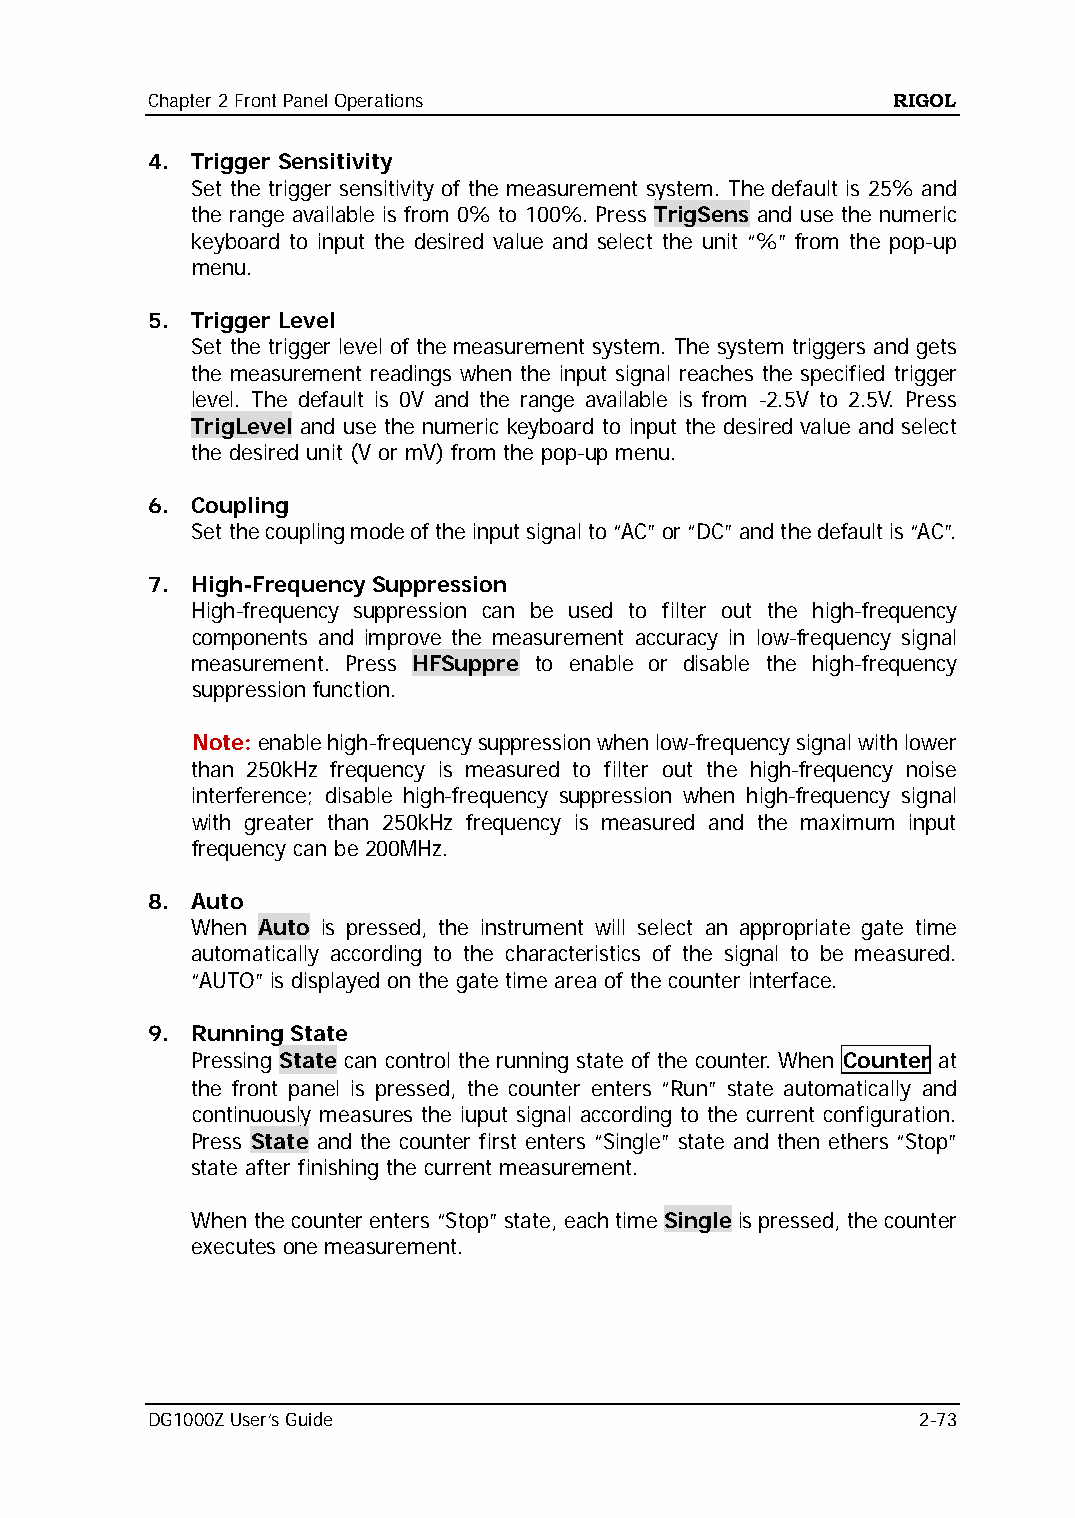
Chapter 2 Front Panel Operations                 RIGOL
 4. Trigger Sensitivity
 Set the trigger sensitivity of the measurement system. The default is 25% and
 the range available is from 0% to 100%. Press TrigSens and use the numeric
 keyboard to input the desired value and select the unit “%” from the pop-up
 menu.
 5. Trigger Level
 Set the trigger level of the measurement system. The system triggers and gets
 the measurement readings when the input signal reaches the specified trigger
 level. The default is 0V and the range available is from -2.5V to 2.5V. Press
 TrigLevel and use the numeric keyboard to input the desired value and select
 the desired unit (V or mV) from the pop-up menu.
 6. Coupling
 Set the coupling mode of the input signal to “AC” or “DC” and the default is “AC”.
 7. High-Frequency Suppression
 High-frequency suppression can be used to filter out the high-frequency
 components and improve the measurement accuracy in low-frequency signal
 measurement. Press HFSuppre to enable or disable the high-frequency
 suppression function.
 Note: enable high-frequency suppression when low-frequency signal with lower
 than 250kHz frequency is measured to filter out the high-frequency noise
 interference; disable high-frequency suppression when high-frequency signal
 with greater than 250kHz frequency is measured and the maximum input
 frequency can be 200MHz.
 8. Auto
 When Auto is pressed, the instrument will select an appropriate gate time
 automatically according to the characteristics of the signal to be measured.
 “AUTO” is displayed on the gate time area of the counter interface.
 9. Running State
 Pressing State can control the running state of the counter. When Counter at
 the front panel is pressed, the counter enters “Run” state automatically and
 continuously measures the iuput signal according to the current configuration.
 Press State and the counter first enters “Single” state and then ethers “Stop”
 state after finishing the current measurement.
 When the counter enters “Stop” state, each time Single is pressed, the counter
 executes one measurement.
 DG1000Z User’s Guide                               2-73